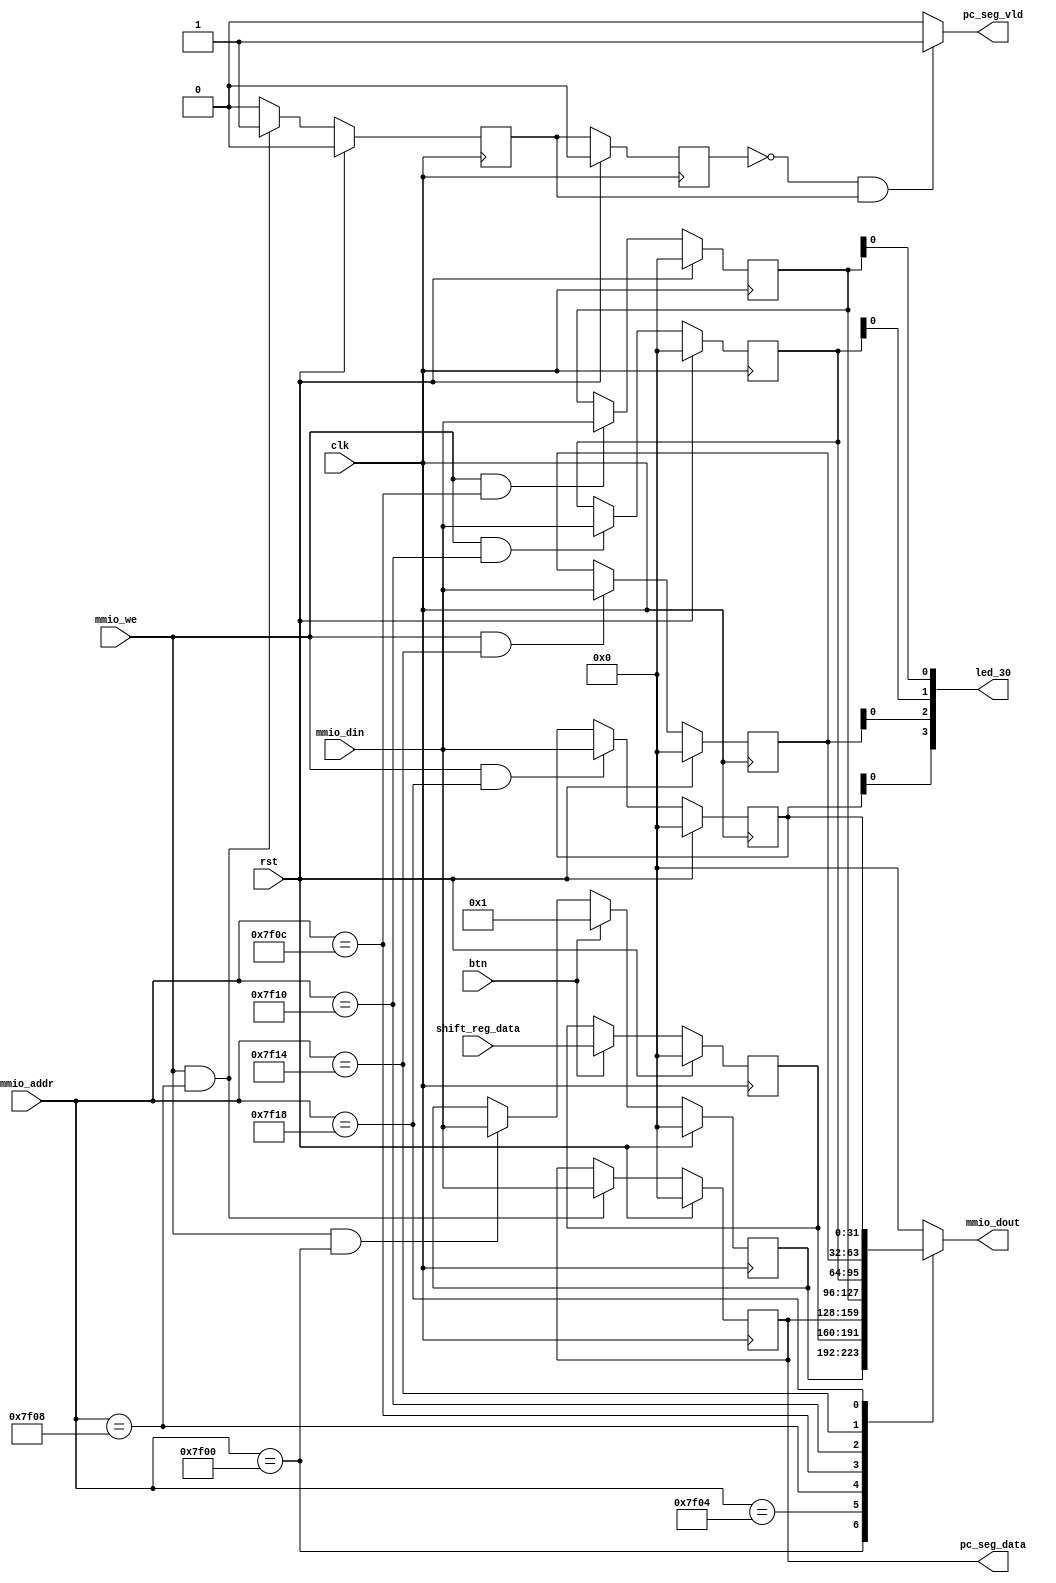
/* 
 *   Last update: 2023.04.13
 */

module Memory_Map(
    input clk,
    input rst,

    // Memory address, the same as Memory inside CPU
    input [31:0] mmio_addr,   // Data memory address
    input mmio_we,    // Data memory writing enable
    output reg [31:0] mmio_dout,    // Data memory input
    input [31:0] mmio_din,  // Data memory output

    // Control signal with outside
    input btn,
    output [3:0] led_30,

    // Data bus with PDU
    input [31:0] shift_reg_data,
    output [31:0] pc_seg_data,
    output pc_seg_vld
);

    // MMIO
    localparam BTN_STATUS = 32'h0000_7f00;
    localparam SW_INPUT = 32'h0000_7f04;
    localparam SEG_OUTPUT = 32'h0000_7f08;
    localparam LED0 = 32'h0000_7f0c; 
    localparam LED1 = 32'h0000_7f10;
    localparam LED2 = 32'h0000_7f14;
    localparam LED3 = 32'h0000_7f18;

    // Registers
    reg [31:0] btn_status;   
    reg [31:0] sw_input; 
    reg [31:0] seg_output;     
    reg [31:0] led0;
    reg [31:0] led1;
    reg [31:0] led2; 
    reg [31:0] led3;    

    // Decide dm_data
    always @(*) begin
        mmio_dout = 0;
        case (mmio_addr)
            BTN_STATUS: mmio_dout = btn_status;
            SW_INPUT: mmio_dout = sw_input;
            SEG_OUTPUT: mmio_dout = seg_output;
            LED0: mmio_dout = led0;
            LED1: mmio_dout = led1;
            LED2: mmio_dout = led2;
            LED3: mmio_dout = led3;
        endcase
    end

    // Decide different registers

    // Switches
    always @(posedge clk) begin
        if (rst) begin
            sw_input <= 0;
        end
        else begin
            if (btn)
                sw_input <= shift_reg_data;
        end
    end


    // Button
    always @(posedge clk) begin
        if (rst) begin
            btn_status <= 0;
        end
        else begin
            if (btn)
                btn_status <= 1;
            else if (mmio_we && mmio_addr == BTN_STATUS)
                btn_status <= mmio_din;
        end
    end


    // Segments
    reg seg_vld_r1, seg_vld_r2;     // Get the seg_vld posedge: 2 level
    wire seg_vld;
    always @(posedge clk) begin
        if (rst) begin
            seg_output <= 0;
        end
        else begin
            if (mmio_we && mmio_addr == SEG_OUTPUT) begin
                seg_output <= mmio_din;
            end
        end
    end
    assign seg_vld = (mmio_we && mmio_addr == SEG_OUTPUT) ? 1 : 0;

    always @(posedge clk) begin
        if (rst) begin
            seg_vld_r1 <= 0;
            seg_vld_r2 <= 0;
        end
        else begin
            seg_vld_r1 <= seg_vld;
            seg_vld_r2 <= seg_vld_r1;
        end
    end

    assign pc_seg_data = seg_output;
    assign pc_seg_vld = (~seg_vld_r2 && seg_vld_r1) ? 1 : 0;


    // LED[1:0]
    always @(posedge clk) begin
        if (rst) begin
            led0 <= 0;
            led1 <= 0;
            led2 <= 0;
            led3 <= 0;
        end
        else begin
            if (mmio_we && mmio_addr == LED0)
                led0 <= mmio_din;
            if (mmio_we && mmio_addr == LED1)
                led1 <= mmio_din;
            if (mmio_we && mmio_addr == LED2)
                led2 <= mmio_din;
            if (mmio_we && mmio_addr == LED3)
                led3 <= mmio_din;
        end
    end

    assign led_30 = {{led3[0]}, {led2[0]}, {led1[0]}, {led0[0]}};

endmodule